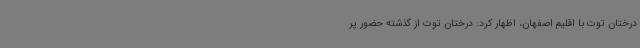
درختان توت با اقلیم اصفهان، اظهار کرد: درختان توت از گذشته حضور پر